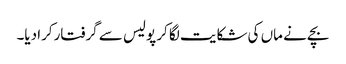
بچے نے ماں کی شکایت لگا کر پولیس سے گرفتارکرا دیا۔